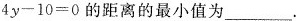
$$-4y-10=0$$的距离的最小值为___.